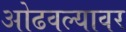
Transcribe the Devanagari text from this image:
ओढवल्यावर